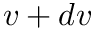
v + d v